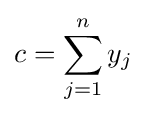
c=\sum _{j=1}^{n}y_{j}